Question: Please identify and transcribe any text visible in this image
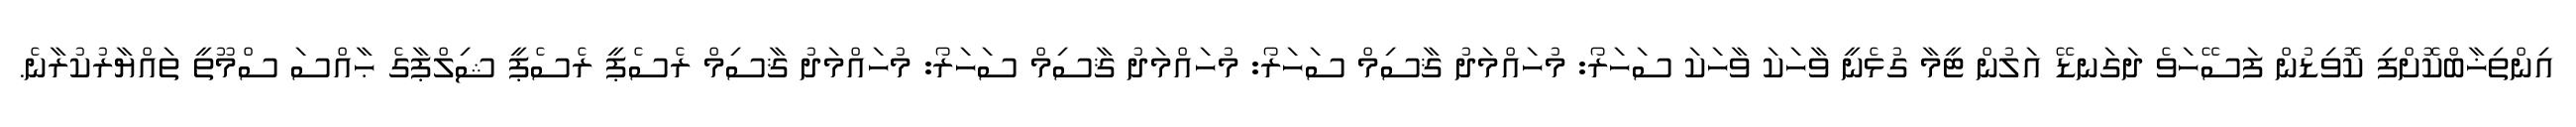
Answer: އިންތިޚާބްކޮށްފި ކޮވިޑުން ފަސޭހަވެ ދަގަނޑޭ އަލުން ޓީމާ ގުޅެނީ ވާހަކަ ވާހަކަ ސަހަރޯ: މުހައްމަދު ޤާސިމް ސަހަރޯ: މުހައްމަދު ޤާސިމް ސަހަރޯ: މުހައްމަދު ޤާސިމް ރެސެޕީ ރެސެޕީ ޝިލްޕާގެ ޙާއްސަ ސްމޫތީ ތައްޔާރުކުރާނެ.